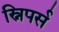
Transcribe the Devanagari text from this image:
स्निपर्स